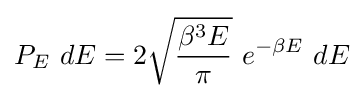
P_{E}~dE=2{\sqrt {\frac {\beta ^{3}E}{\pi }}}~e^{-\beta E}~dE